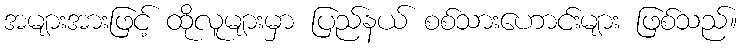
အများအားဖြင့် ထိုလူများမှာ ပြည်နယ် စစ်သားဟောင်းများ ဖြစ်သည်။